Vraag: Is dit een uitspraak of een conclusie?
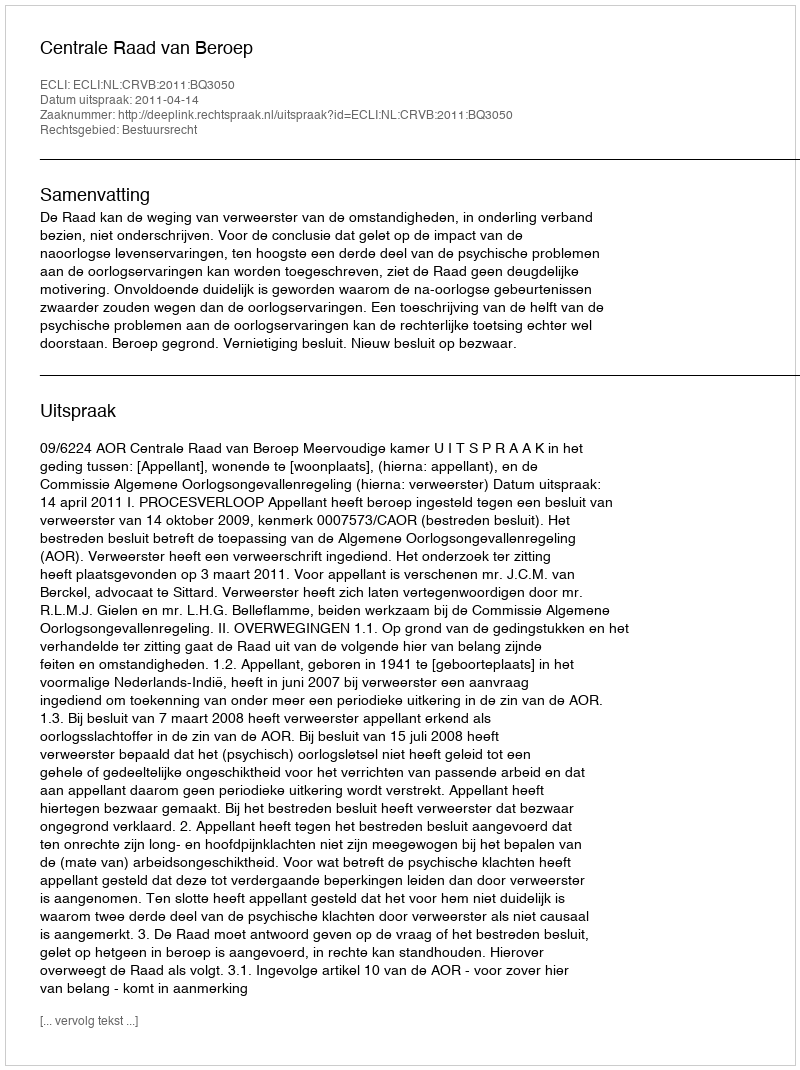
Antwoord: Uitspraak